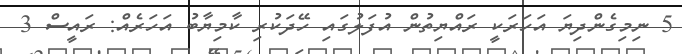
5 ނިމިގެންދިޔަ އަހަރަކީ ރައްޔިތުން އުފަލުގައި ހޭދަކުރި ކާމިޔާބު އަހަރެއް: ރައީސް 3